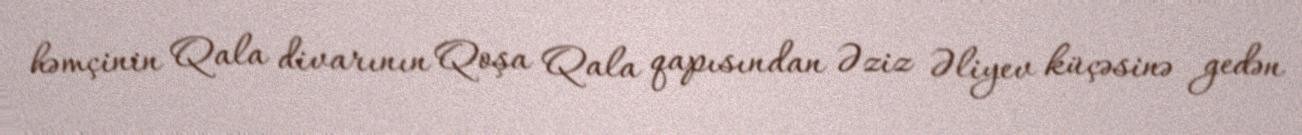
həmçinin Qala divarının Qoşa Qala qapısından Əziz Əliyev küçəsinə gedən